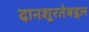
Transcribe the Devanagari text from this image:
दानशूरतेबद्दल